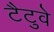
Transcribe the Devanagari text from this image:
टैटुवे